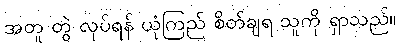
အတူ တွဲ လုပ်ရန် ယုံကြည် စိတ်ချရ သူကို ရှာသည်။